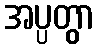
အပ္ပတွာ